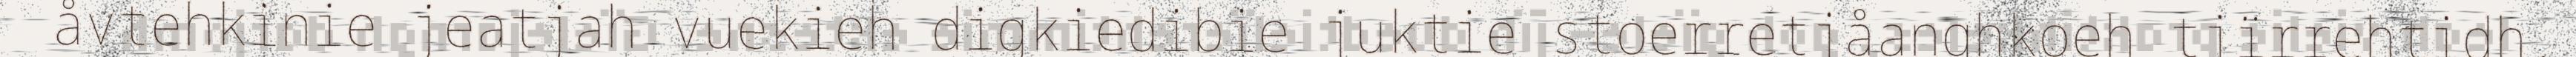
åvtehkinie jeatjah vuekieh digkiedibie juktie stoerretjåanghkoeh tjïrrehtidh.